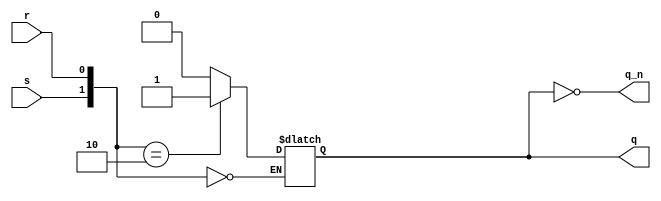
// This program was cloned from: https://github.com/sinkswim/veriloglib
// License: MIT License

module srlatch
(
    input s,
    input r,
    output reg q,
    output q_n
);

always @*
    case({s, r})
        2'b00 : q = q;
        2'b01 : q = 0;
        2'b10 : q = 1;
        2'b11 : q = 1'bX;
        default: q = 1'bX;
    endcase

assign q_n = ~q;

endmodule